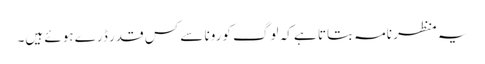
یہ منظر نامہ بتاتا ہے کہ لوگ کورونا سے کس قدر ڈرے ہوئے ہیں۔